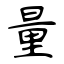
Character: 量